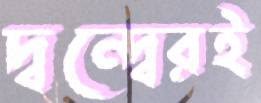
দ্বন্দ্বেরই